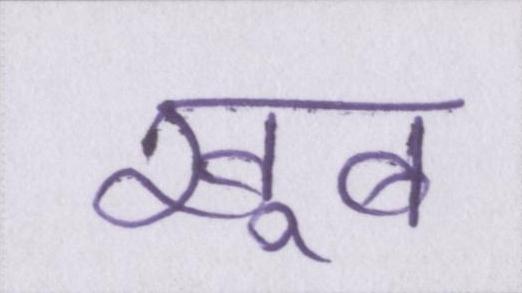
खूब